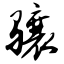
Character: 骧